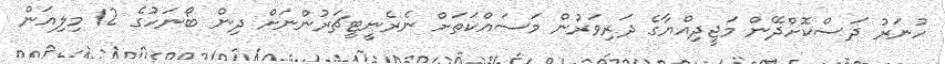
ހުނަރު ދަސްކޮށްދޭން މަޖީދިއްޔާގެ ދަރިވަރުން މަސައްކަތަށް ނެރެނީޓީޗަރުންނަށް ދިން ބޯނަހުގެ 12 މިލިއަން